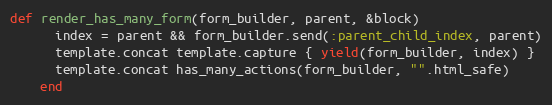
Language: Ruby
def render_has_many_form(form_builder, parent, &block)
      index = parent && form_builder.send(:parent_child_index, parent)
      template.concat template.capture { yield(form_builder, index) }
      template.concat has_many_actions(form_builder, "".html_safe)
    end